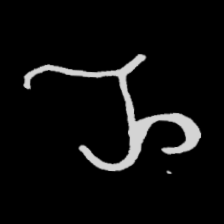
Pyu character \u2014 Myanmar letter: ည (romanized: nya)